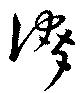
誇